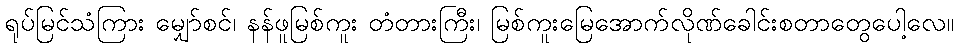
ရုပ်မြင်သံကြား မျှော်စင်၊ နန်ဖူမြစ်ကူး တံတားကြီး၊ မြစ်ကူးမြေအောက်လိုဏ်ခေါင်းစတာတွေပေါ့လေ။